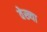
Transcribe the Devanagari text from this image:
वेख्या